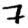
Digit: 7